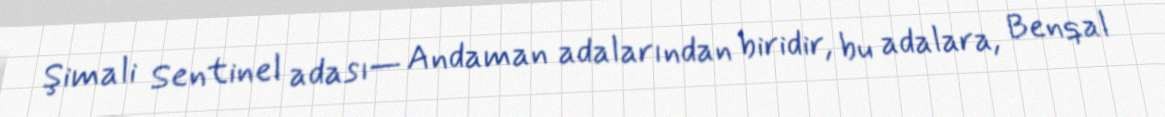
Şimali Sentinel adası— Andaman adalarından biridir, bu adalara, Benqal